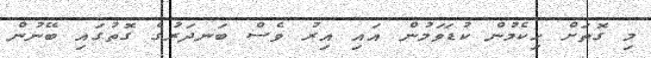
މި ގޮތަށް ހިކެމުން ކުޑަވަމުން އައި އިރު ވެސް ބަނދަރުގެ ގޮތުގައި ބޭނުން